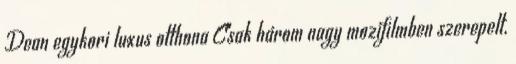
Dean egykori luxus otthona Csak három nagy mozifilmben szerepelt,